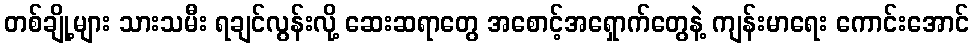
တစ်ချို့များ သားသမီး ရချင်လွန်းလို့ ဆေးဆရာတွေ အစောင့်အရှောက်တွေနဲ့ ကျန်းမာရေး ကောင်းအောင်